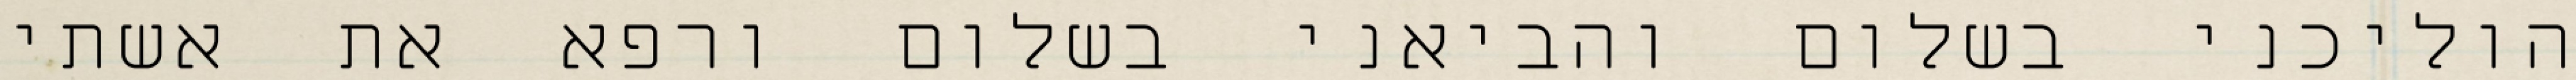
הוליכני בשלום והביאני בשלום ורפא את אשתי